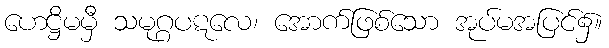
ဟေဋ္ဌိမမှီ သမုဂ္ဂပဋလေ၊ အောက်ဖြစ်သော အုပ်မအပြင်၌။